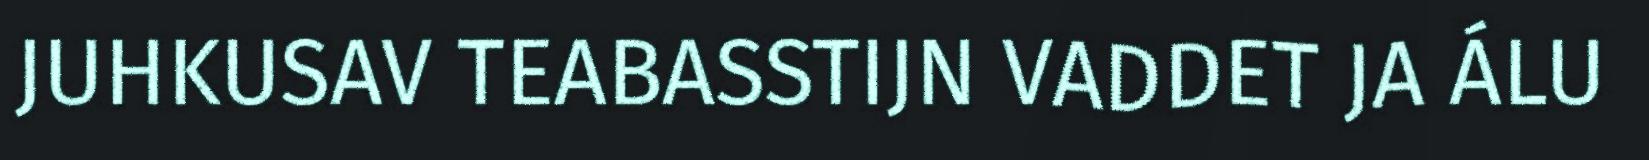
JUHKUSAV TEABASSTIJN VADDET JA ÁLU